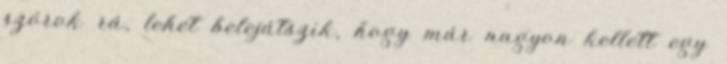
szórok rá, lehet belejátszik, hogy már nagyon kellett egy